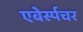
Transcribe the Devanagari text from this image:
एबेर्स्पचर